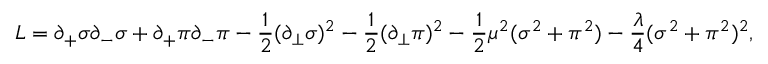
{ \cal L } = \partial _ { + } \sigma \partial _ { - } \sigma + \partial _ { + } \pi \partial _ { - } \pi - \frac { 1 } { 2 } ( \partial _ { \bot } \sigma ) ^ { 2 } - \frac { 1 } { 2 } ( \partial _ { \bot } \pi ) ^ { 2 } - \frac { 1 } { 2 } \mu ^ { 2 } ( \sigma ^ { 2 } + \pi ^ { 2 } ) - \frac { \lambda } { 4 } ( \sigma ^ { 2 } + \pi ^ { 2 } ) ^ { 2 } ,